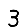
Digit: 3